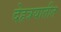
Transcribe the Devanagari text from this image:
देहत्रयातीत